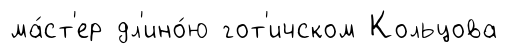
ма́ст'ер дл'ино́ю гот'ичском Кольцова